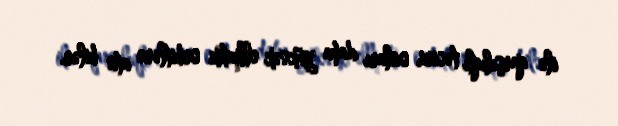
ilə qarşılıqlı təsiri, onları daha yüksək elliptik orbitlərə ata bilər.